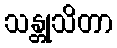
သန္တုသိတာ